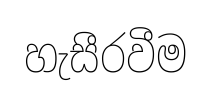
හැසීරවීම